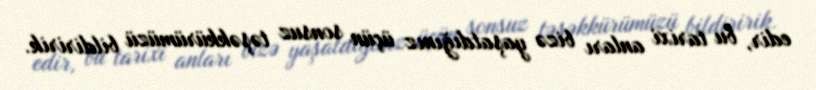
edir, bu tarixi anları bizə yaşatdığınız üçün sonsuz təşəkkürümüzü bildiririk.